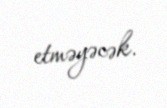
etməyəcək.